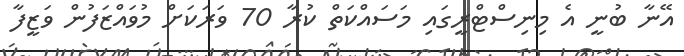
އޭނާ ބުނީ އެ މިނިސްޓްރީގައި މަސައްކަތް ކުރާ 70 ވަރަކަށް މުވައްޒަފުން ވަޒީފާ